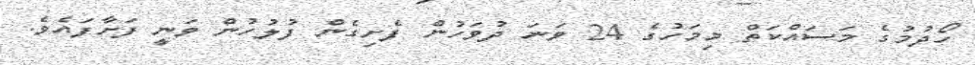
ހޯދުމުގެ މަސައްކަތް މިމަހުގެ 24 ވަނަ ދުވަހުން ފެށިގެން ފުލުހުން ވަނީ ފަށާފައެވެ.